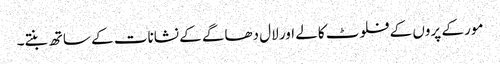
مور کے پروں کے فلوٹ کالے اور لال دھاگے کے نشانات کے ساتھ بنتے۔